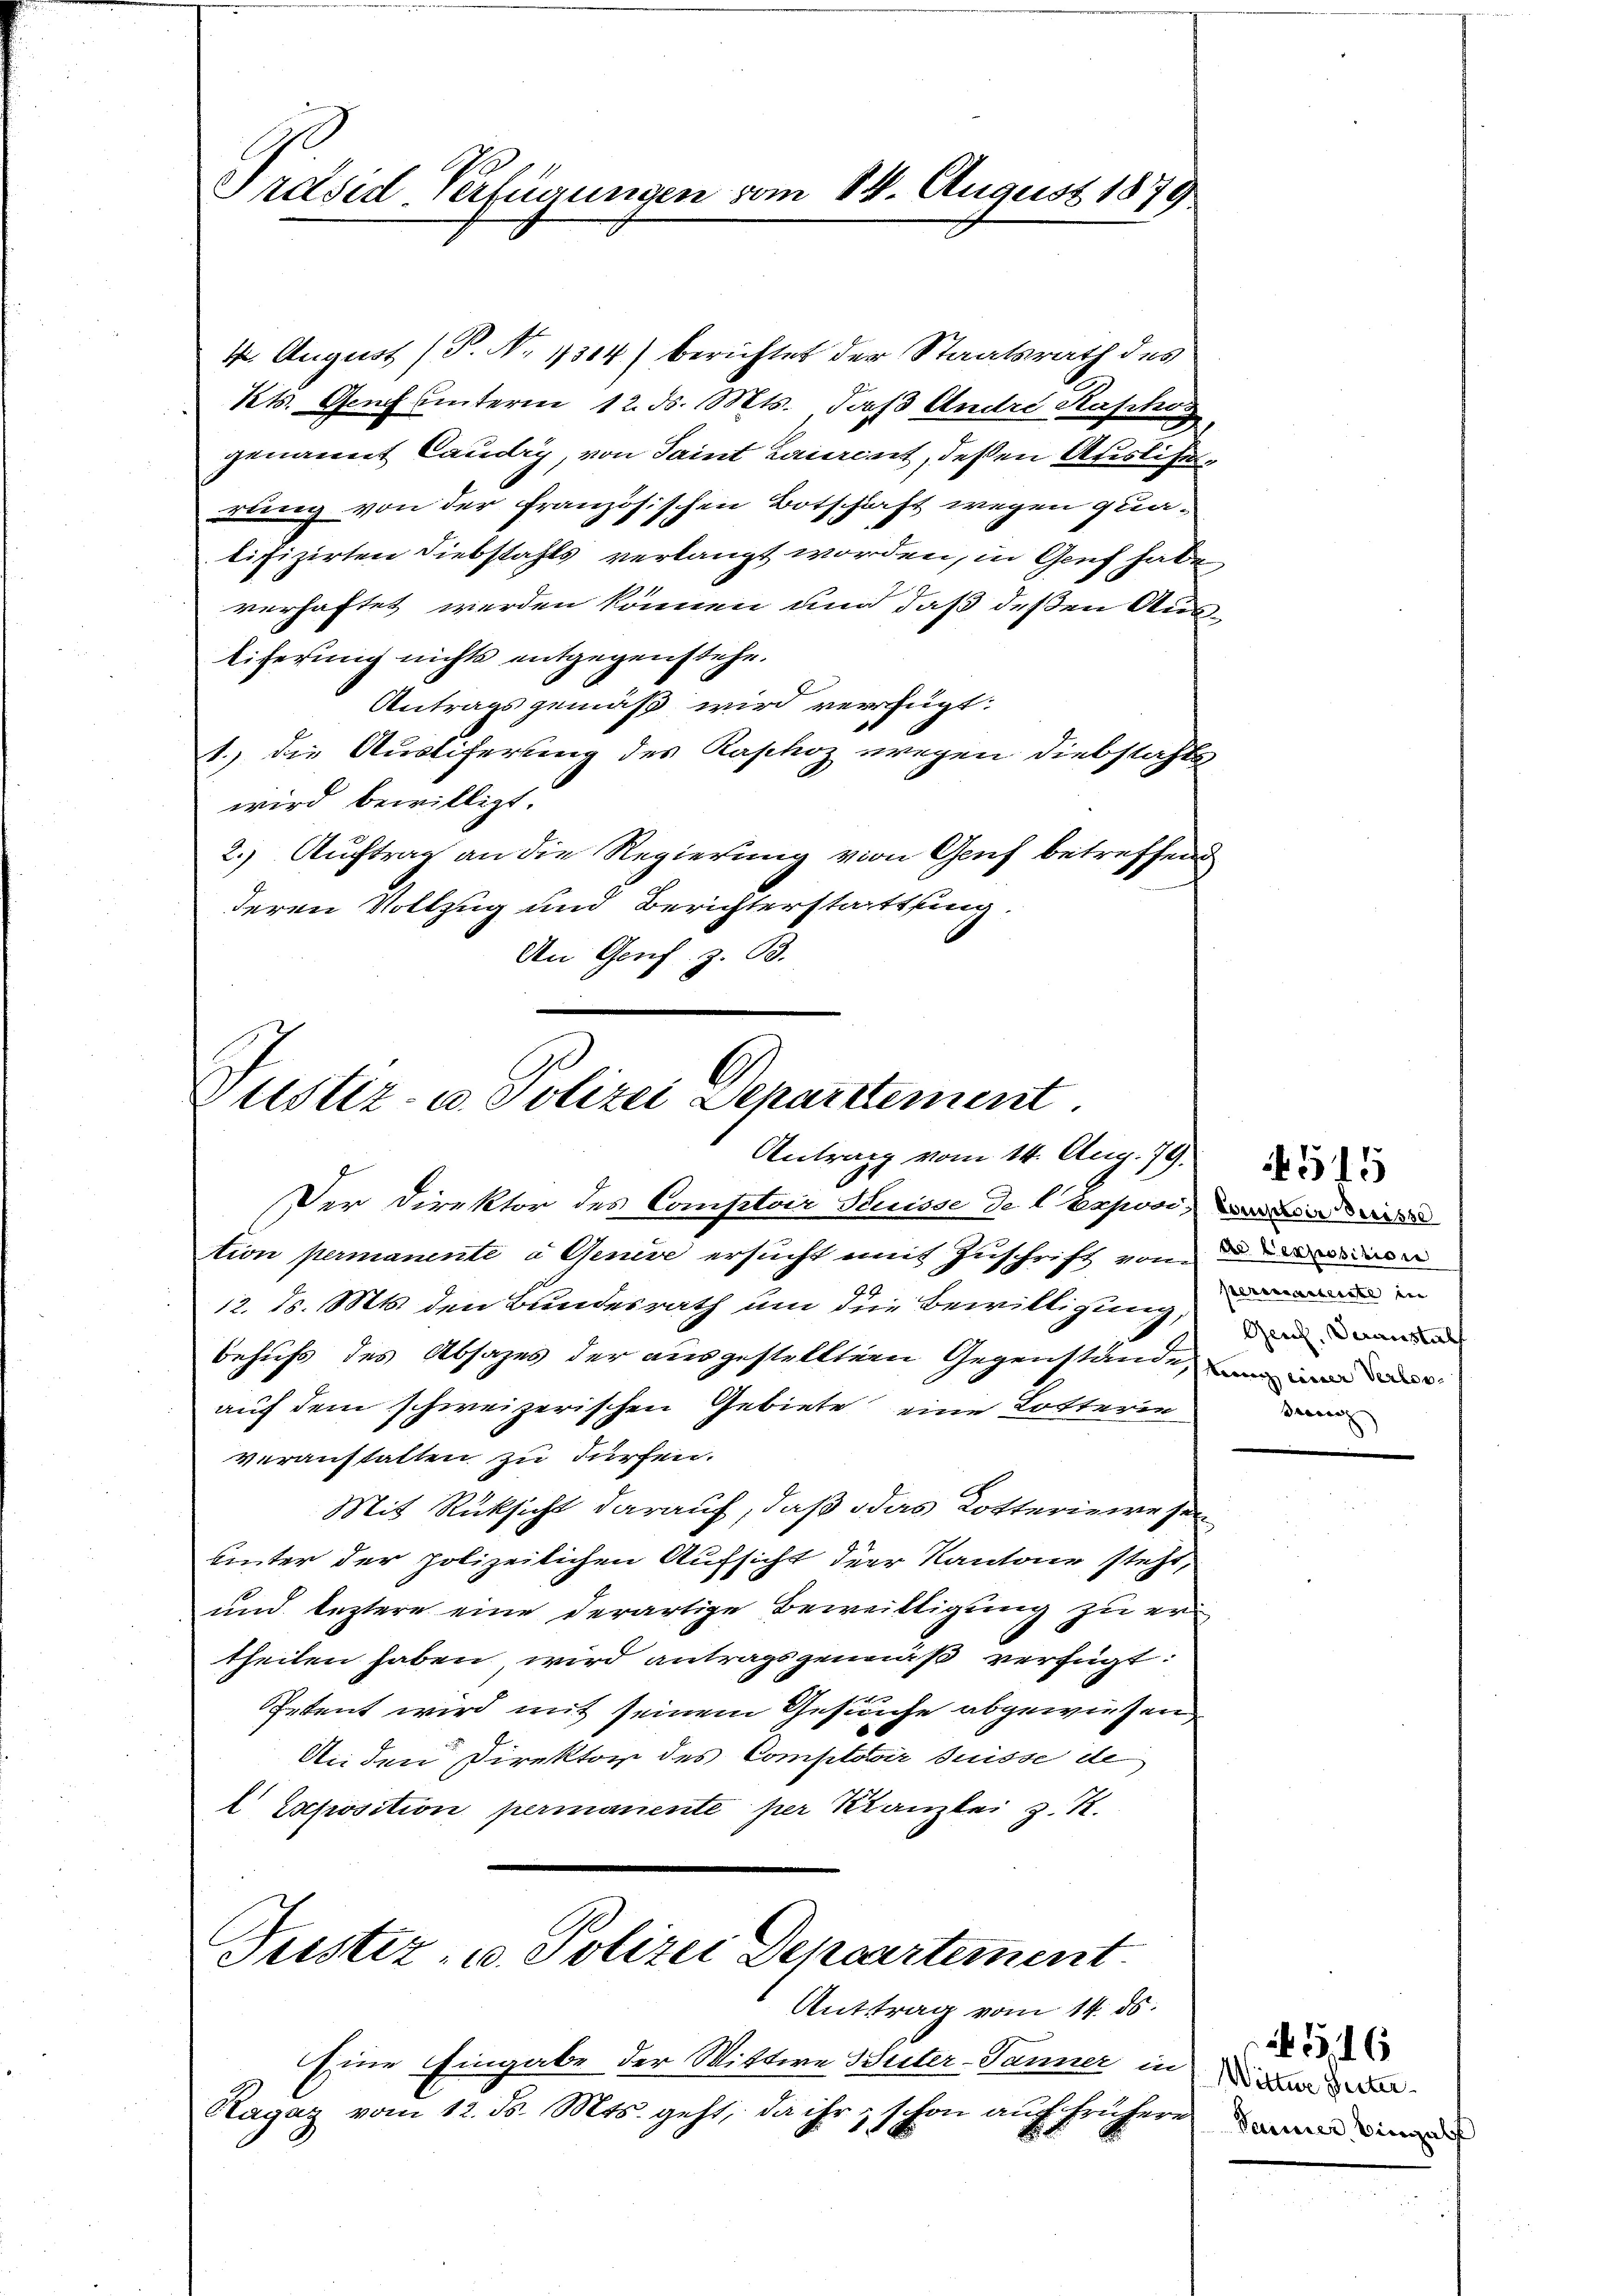
14. August 1879

4. August (P. Nr. 1314) berichtet der Staatsrath des
Kts. Genf unterm 12. d. Mts. Jos Andre Kaphis
genannt Landig, von Saint Laurent, deßen Auslierung von der französischen Botschaft wegen quatifizirten Diebstahls verlangt worden, in Genf habe
verhaftet werden können und daß deßen Ausliferung nichts entgegenstehe.
Antragsgemäß wird verfügt:
1.) Die Austiferung des Kaphoz wegen Diebstahls
wird bewilligt.
2.) Auftrag an die Regierung von Genf betreffend
deren Vollzug und Berichterstattung
An Genf z. B.

Zustiz- u. Polizei Departtement
Antrag vom 14. Aug. 19.

Pidsid Verfügungen vom

Der Direktor des Comptoir Stuisse de l. Exposi, in wi
tion permanente a Genere ersucht mit Zuschrift von der dienen
29
12. d. Mts. den Bundesrath um die Bewilligung,
behufs des Absages der ausgestellten Gegenstände, wir in de
auf dem schweizerischen Gebiete eine Lotterie
veranstalten zu dürfen.
Mit Rücksicht darauf, daß das Lotteriewesen
unter der polizeilichen Aufsicht der Kantone steht,
und leztere eine derartige Beweilligung zu er
theilen haben, wird antragsgemäß verfügt:
Petent wird mit seinem Gesuche abgewiesen
Anden Direktor des Comptoir suisse de
 Eseposition permanente per Kanzlei z. R.
Justiz- u. Polizei Depaartement
Anttrag vom 14. ds.
Eine Eingabe der Wittwe Suter-Tanner in d
Ragaz vom 12. ds. Mts. geht, da ihr schon aŭf frühern

perenarbeite ein
Gerich, Veranstal
derung

Deiner Bingulf

N 516